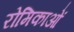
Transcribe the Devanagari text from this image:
रोमिकाओं